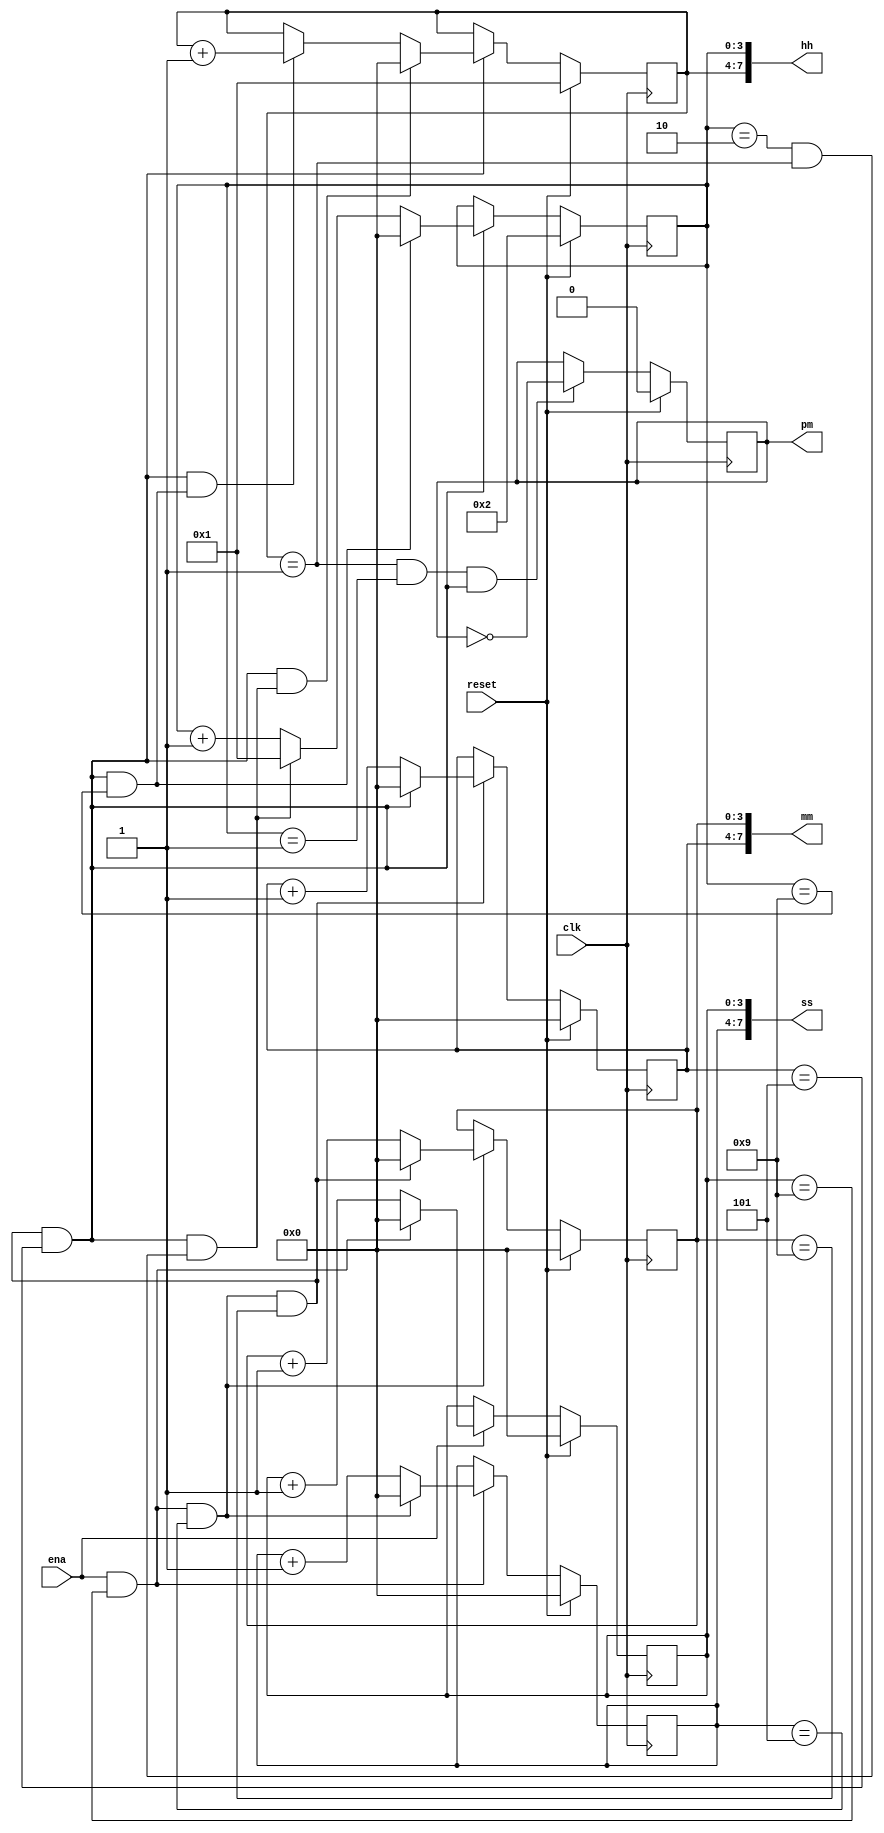
module clock_12h(
    input clk,
    input reset,
    input ena,
    output pm,
    output [7:0] hh,
    output [7:0] mm,
    output [7:0] ss); 
    
    reg pm_temp;
    reg [3:0] ss_ones;
    reg [3:0] ss_tens;
    reg [3:0] mm_ones;
    reg [3:0] mm_tens;
    reg [3:0] hh_ones;
    reg [3:0] hh_tens;
    
    wire		add_ss_ones;
    wire		end_ss_ones;
    wire		add_ss_tens;
    wire		end_ss_tens;
    wire		add_mm_ones;
    wire		end_mm_ones;
    wire		add_mm_tens;
    wire		end_mm_tens;
    wire		add_hh_ones;
    wire		end_hh_ones_0;
    wire		end_hh_ones_1;
    wire		add_hh_tens;
    wire		end_hh_tens_0;
    wire		end_hh_tens_1;
    wire		pm_ding;
    
    assign add_ss_ones = ena;
    assign end_ss_ones = add_ss_ones && (ss_ones == 4'd9);
    always @(posedge clk)begin
        if(reset)begin
            ss_ones <= 4'b0;
        end
        else if(add_ss_ones)begin
            if(end_ss_ones)begin
                ss_ones <= 4'b0;
            end
            else begin
                ss_ones <= ss_ones + 4'b1;
            end
        end
    end
    
    assign add_ss_tens = end_ss_ones;
    assign end_ss_tens = add_ss_tens && (ss_tens == 4'd5);
    always @(posedge clk)begin
        if(reset)begin
            ss_tens <= 4'b0;
        end
        else if(add_ss_tens)begin
            if(end_ss_tens)begin
                ss_tens <= 4'b0;
            end
            else begin
                ss_tens <= ss_tens + 4'b1;
            end
        end
    end
    
    assign add_mm_ones = end_ss_tens;
    assign end_mm_ones = add_mm_ones && (mm_ones == 4'd9);
    always @(posedge clk)begin
        if(reset)begin
            mm_ones <= 4'b0;
        end
        else if(add_mm_ones)begin
            if(end_mm_ones)begin
                mm_ones <= 4'b0;
            end
            else begin
                mm_ones <= mm_ones + 4'b1;
            end
        end
    end
    
    assign add_mm_tens = end_mm_ones;
    assign end_mm_tens = add_mm_tens && (mm_tens == 4'd5);
	always @(posedge clk)begin
        if(reset)begin
            mm_tens <= 4'b0;
        end
        else if(add_mm_tens)begin
            if(end_mm_tens)begin
                mm_tens <= 4'b0;
            end
            else begin
                mm_tens <= mm_tens + 4'b1;
            end
        end
    end
    
    assign add_hh_ones = end_mm_tens;
    assign end_hh_ones_0 = add_hh_ones && (hh_ones == 4'd9);
    assign end_hh_ones_1 = add_hh_ones && ((hh_ones == 4'd2) && (hh_tens == 4'd1));
    always @(posedge clk)begin
        if(reset)begin
            hh_ones <= 4'd2;
        end
        else if(add_hh_ones)begin
            if(end_hh_ones_0)begin
                hh_ones <= 4'b0;
            end
            else if(end_hh_ones_1)begin
                hh_ones <= 4'b1;
            end
            else begin
                hh_ones <= hh_ones+4'b1;
            end
        end
    end

    assign add_hh_tens = end_mm_tens;
    assign end_hh_tens_0 = add_hh_tens && end_hh_ones_1;
    assign end_hh_tens_1 = add_hh_tens && end_hh_ones_0;
    always @(posedge clk)begin
        if(reset)begin
            hh_tens <= 4'b1;
        end
        else if(add_hh_tens)begin
            if(end_hh_tens_0)begin
                hh_tens <= 4'b0;
            end
            else if(end_hh_tens_1)begin
                hh_tens <= hh_tens + 4'b1;
            end
        end
    end
    
    always@(posedge clk)begin
        if(reset)begin
            pm_temp <= 1'b0;
        end
        else if(pm_ding)begin
            pm_temp <= ~pm_temp;
        end
    end
    
    assign pm_ding = hh_tens == 4'd1 && hh_ones == 4'd1 && end_mm_tens;
    
    assign ss = {ss_tens, ss_ones};
    assign mm = {mm_tens, mm_ones};
    assign hh = {hh_tens, hh_ones};
    assign pm = pm_temp;
    
endmodule